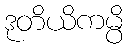
ဒုတိယိကမ္ပိ